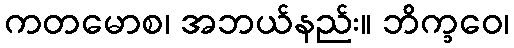
ကတမောစ၊ အဘယ်နည်း။ ဘိက္ခဝေ၊